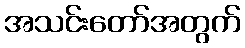
အသင်းတော်အတွက်